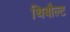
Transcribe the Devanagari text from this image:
थिबौल्ट